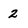
Character: 2